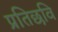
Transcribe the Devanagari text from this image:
प्रतिछवि